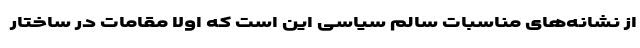
از نشانه‌های مناسبات سالم سیاسی این است که اولا مقامات در ساختار